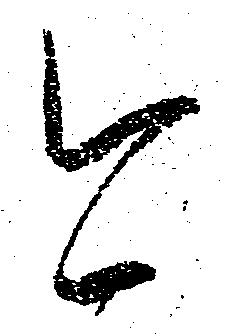
今